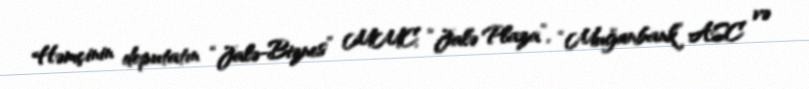
Həmçinin deputatın “Jalə-Biznes” MMC, “Jalə Plaza”, “Muğanbank” ASC və